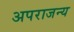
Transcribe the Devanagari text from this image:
अपराजन्य